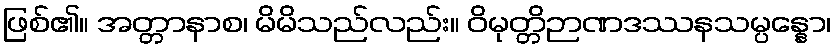
ဖြစ်၏။ အတ္တာနာစ၊ မိမိသည်လည်း။ ဝိမုတ္တိဉာဏဒဿနသမ္ပန္နော၊